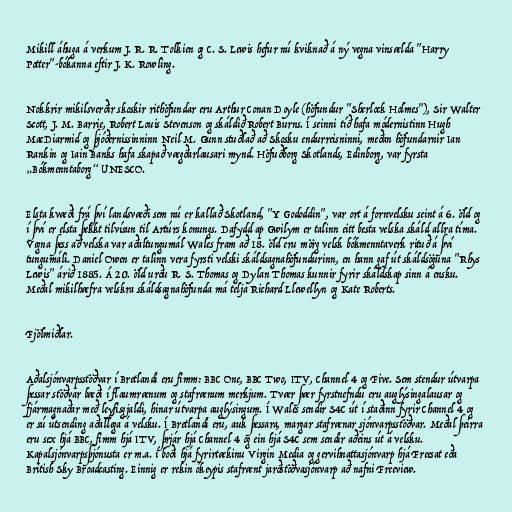
Mikill áhuga á verkum J. R. R. Tolkien og C. S. Lewis hefur nú kviknað á ný vegna vinsælda "Harry
Potter"-bókanna eftir J. K. Rowling.

Nokkrir mikilsverðir skoskir rithöfundar eru Arthur Conan Doyle (höfundur "Sherlock Holmes"), Sir Walter
Scott, J. M. Barrie, Robert Louis Stevenson og skáldið Robert Burns. Í seinni tíð hafa módernistinn Hugh
MacDiarmid og þjóðernissinninn Neil M. Gunn stuðlað að Skosku endurreisninni, meðan höfundarnir Ian
Rankin og Iain Banks hafa skapað vægðarlausari mynd. Höfuðborg Skotlands, Edinborg, var fyrsta
„Bókmenntaborg“ UNESCO.

Elsta kvæði frá því landsvæði sem nú er kallað Skotland, "Y Gododdin", var ort á fornvelsku seint á 6. öld og
í því er elsta þekkt tilvísun til Artúrs konungs. Dafydd ap Gwilym er talinn eitt besta velska skáld allra tíma.
Vegna þess að velska var aðaltungumál Wales fram að 18. öld eru mörg velsk bókmenntaverk rituð á því
tungumáli. Daniel Owen er talinn vera fyrsti velski skáldsagnahöfundurinn, en hann gaf út skáldsöguna "Rhys
Lewis" árið 1885. Á 20. öld urðu R. S. Thomas og Dylan Thomas kunnir fyrir skáldskap sinn á ensku.
Meðal mikilhæfra velskra skáldsagnahöfunda má telja Richard Llewellyn og Kate Roberts.

Fjölmiðlar.

Aðalsjónvarpsstöðvar í Bretlandi eru fimm: BBC One, BBC Two, ITV, Channel 4 og Five. Sem stendur útvarpa
þessar stöðvar bæði í flaumrænum og stafrænum merkjum. Tvær þær fyrstnefndu eru auglýsingalausar og
fjármagnaðar með leyfisgjaldi, hinar útvarpa auglýsingum. Í Wales sendir S4C út í staðinn fyrir Channel 4 og
er sú útsending aðallega á velsku. Í Bretlandi eru, auk þessara, margar stafrænar sjónvarpsstöðvar. Meðal þeirra
eru sex hjá BBC, fimm hjá ITV, þrjár hjá Channel 4 og ein hjá S4C sem sendir aðeins út á velsku.
Kapalsjónvarpsþjónusta er m.a. í boði hjá fyrirtækinu Virgin Media og gervihnattasjónvarp hjá Freesat eða
British Sky Broadcasting. Einnig er rekin ókeypis stafrænt jarðstöðvasjónvarp að nafni Freeview.